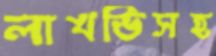
লাখভিসহ